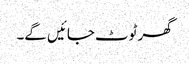
گھر ٹوٹ جائیں گے۔